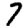
Digit: 7